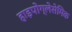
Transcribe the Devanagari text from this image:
हाइपोग्लेसेमिक